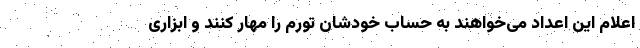
اعلام این اعداد می‌خواهند به حساب خودشان تورم را مهار کنند و ابزاری